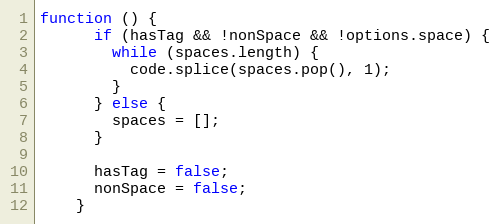
Language: JavaScript
function () {
      if (hasTag && !nonSpace && !options.space) {
        while (spaces.length) {
          code.splice(spaces.pop(), 1);
        }
      } else {
        spaces = [];
      }

      hasTag = false;
      nonSpace = false;
    }